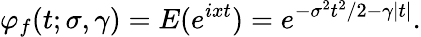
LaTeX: \varphi_{f}(t;\sigma,\gamma)=E(e^{ixt})=e^{-\sigma^{2}t^{2}/2-\gamma|t|}.